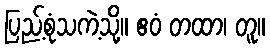
ပြည့်စုံသကဲ့သို့။ ဧဝံ တထာ၊ တူ။